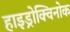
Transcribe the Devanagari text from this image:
हाइड्रोक्विनोक